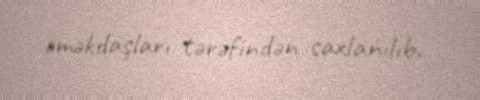
əməkdaşları tərəfindən saxlanılıb.